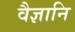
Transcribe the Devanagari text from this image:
वैज्ञानि